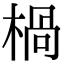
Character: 楇